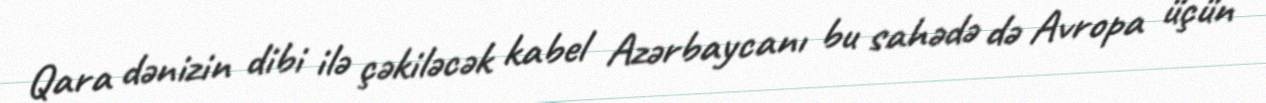
Qara dənizin dibi ilə çəkiləcək kabel Azərbaycanı bu sahədə də Avropa üçün